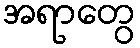
အရာတွေ